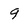
Character: q